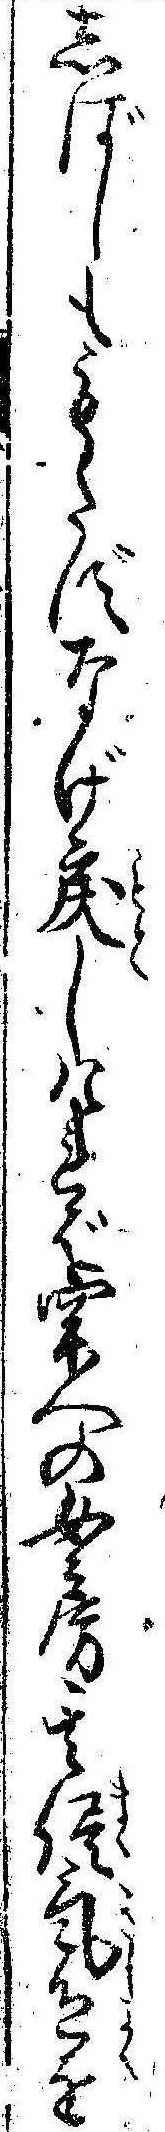
しばしももたずなげ戻しければ牢人の女房其侭気色を